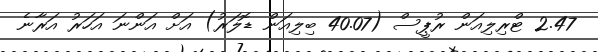
2.47 ޓްރިލިއަން ރުޕީސް (40.07 ބިލިއަން ޑޮލަރު) އަށް އަންނަ އަހަރު އަރާނެ